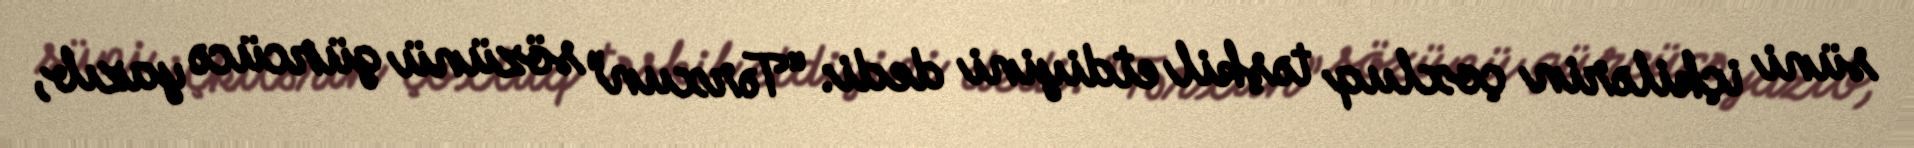
süni içkilərin çoxluq təşkil etdiyini dedi: “Tərxun” sözünü gürcücə yazıb,